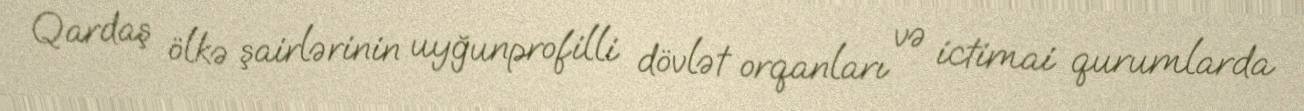
Qardaş ölkə şairlərinin uyğunprofilli dövlət orqanları və ictimai qu­rumlarda